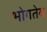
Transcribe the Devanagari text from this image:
भोगतेय